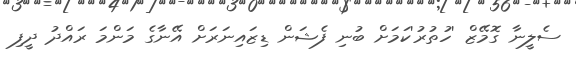
ސެލީނާ ގޮމޭޒް 'ހުތުރު'ކަމަށް ބުނި ފެޝަން ޑިޒައިނަރަށް އޭނާގެ މަންމަ ރައްދު ދީފި